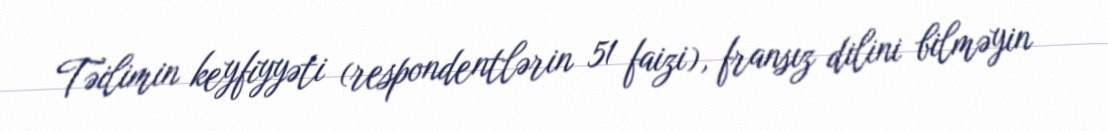
Təilimin keyfiyyəti (respondentlərin 51 faizi), fransız dilini bilməyin